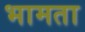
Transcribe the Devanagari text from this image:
भामता